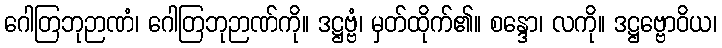
ဂေါတြဘုဉာဏံ၊ ဂေါတြဘုဉာဏ်ကို။ ဒဋ္ဌဗ္ဗံ၊ မှတ်ထိုက်၏။ စန္ဒော၊ လကို။ ဒဋ္ဌဗ္ဗောဝိယ၊